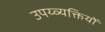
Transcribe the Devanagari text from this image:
उपय्व्यक्तियों